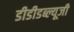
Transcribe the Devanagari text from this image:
डीडीडब्ल्यूजी